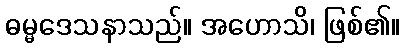
ဓမ္မဒေသနာသည်။ အဟောသိ၊ ဖြစ်၏။